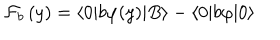
LaTeX: \mathcal { F } _ { b } \left( y \right) = \langle 0 | b \varphi ( y ) | B \rangle - \langle 0 | b \varphi | 0 \rangle